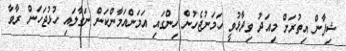
ޝިފާން އިތުރަށް މިއަދު ވިދާޅުވީ ހަމަނުޖެހުން ހިންގައި އަމަންއަމާންކަން ނަގާލައި ހުޅުޖަހަން ރާވާ